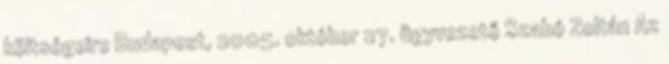
költségeire Budapest, 2005. október 27. ügyvezető Szabó Zoltán Az